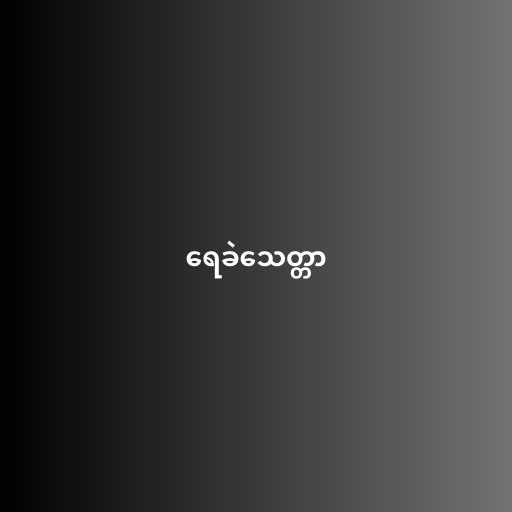
ရေခဲသေတ္တာ